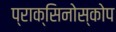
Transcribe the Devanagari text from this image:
प्राक्सिनोस्कोप